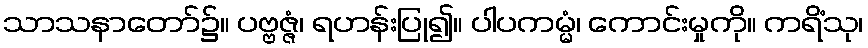
သာသနာတော်၌။ ပဗ္ဗဇ္ဇံ၊ ရဟန်းပြု၍။ ပါပကမ္မံ၊ ကောင်းမှုကို။ ကရိံသု၊